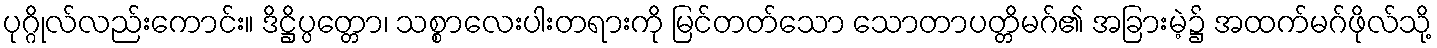
ပုဂ္ဂိုလ်လည်းကောင်း။ ဒိဋ္ဌိပ္ပတ္တော၊ သစ္စာလေးပါးတရားကို မြင်တတ်သော သောတာပတ္တိမဂ်၏ အခြားမဲ့၌ အထက်မဂ်ဖိုလ်သို့